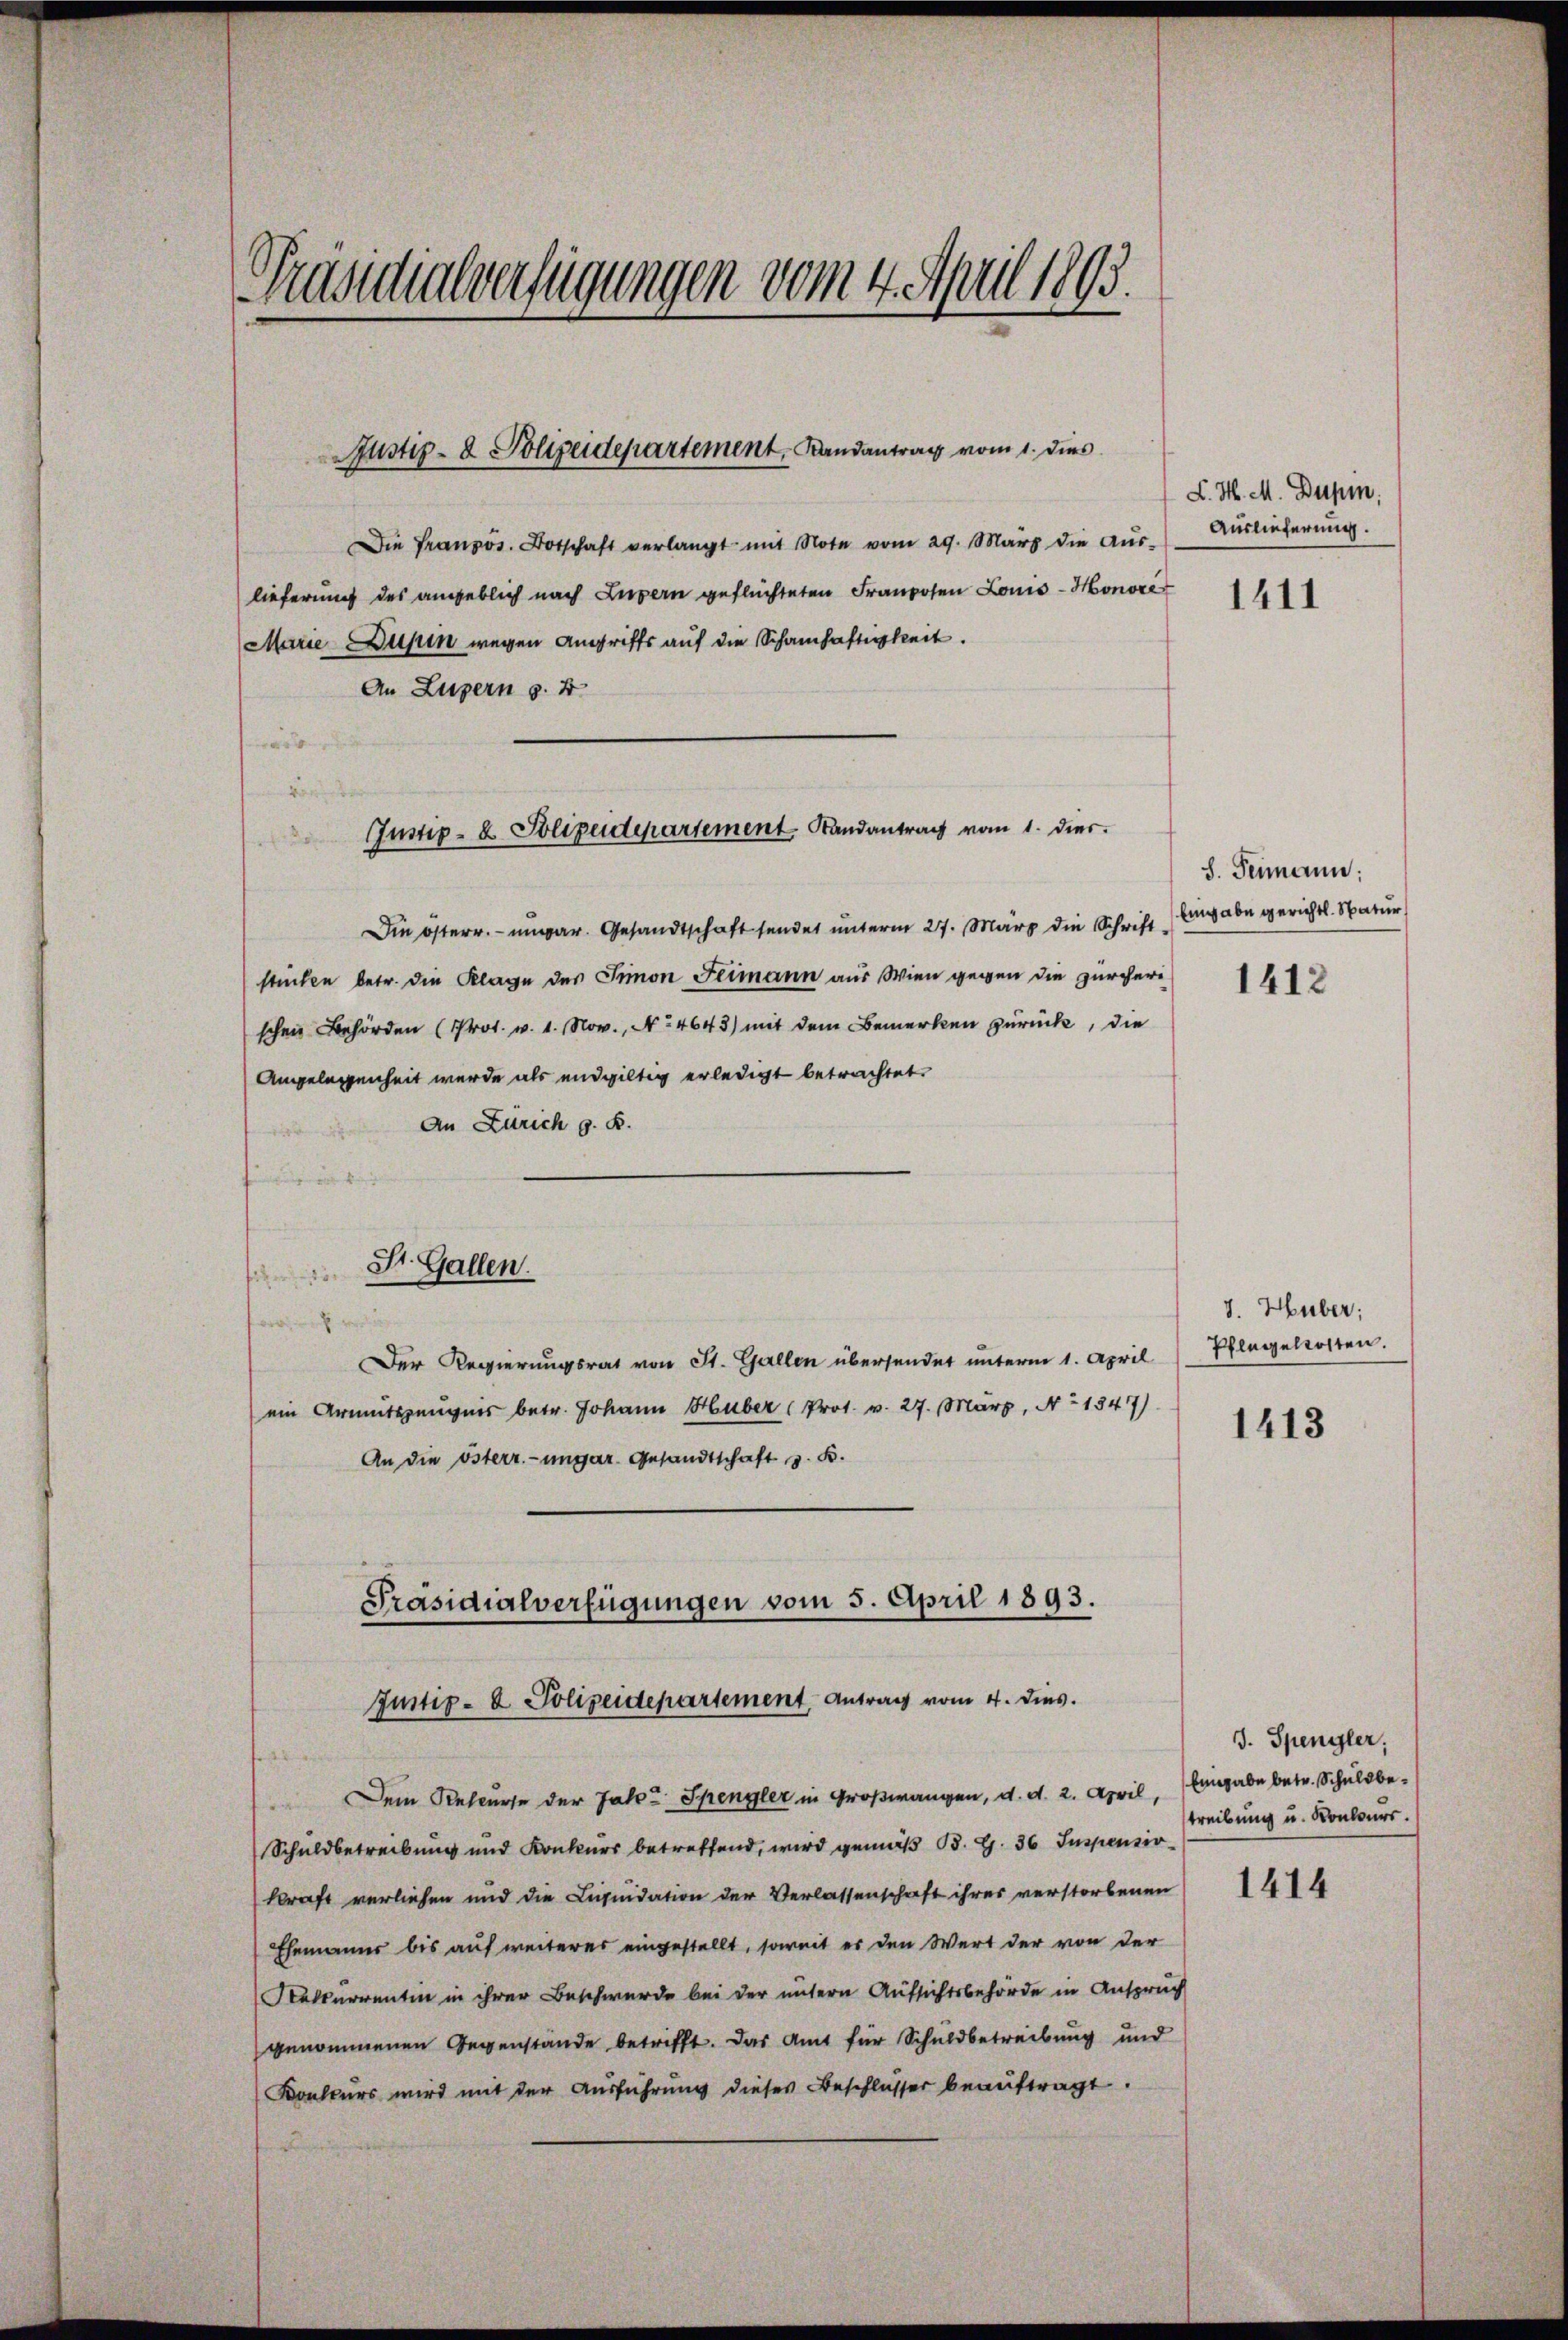
Präsidialverfügungen vom 4. April 1893.

Die Französ. Botschaft verlangt mit Note vom 29. März die Aŭs- Auslieferŭng.
lieferung des angeblich nach Luzern geflüchteten Franzosen Louis-Honorar
Marie Zusen wegen Angriffs auf die Schanhaftigkeit.
An Luzern z. B.
Die österr. ungar. Gesandtschaft sendet unterm 27. März die Schrift Eingabe gericht. Natur
stücken betr. die Klage des Simon Flimann aus Wien gegen die zürcherischen Behörden (Prot. v. 1. Nov., No 4643) mit dem Bemerken zurücke, die
Angelegenheit werde als endgültig erledigt betrachtet.
An Zürich z. B.
2
Der Regierŭngsrat von St. Gallen übersendet ŭnterm 1. April (Plagelosten.
(ein Armutszeugnis betr. Johann Huber (Prot. v. 27. März, No 1347)
An die österr.-ungar. Gesandtschaft z. B.
Präsidialverfügungen vom 5. April 1893.
Justiz- & Polizeidepartement Antrag vom 4. dies.
Dem Recurse der Jahre Spengler in Großwangen, d. d. 2. April, Eingabe betr. Schuldbe¬
Schuldbetreibung und Konkurs betreffend, wird gemäβ B. G. 36 Iuspensio
kraft verliehen und die Liquidation der Verlassenschaft ihres verstorbenen
Ehemanns bis auf weiteres eingestellt, soweit er den Wert der von der
Rekurrentin in ihrer Beschwerde bei der untern Aufsichtsbehörde in Anspruch
genommenen Gegenstände betrifft. Das Amt für Schuldbetreibung und
Konkurs wird mit der Ausführung dieses Beschlusser beauftragt.

Justiz- & Polizeidepartement, Randantrag vom 1. dies

Justiz- & Polizeidepartement Randantrag vom 1. dies.

St. Gallen.

L. M. M. Dupin.

1411

S. Permann:

1412

v. Huber;

1413

J. Spengler,
treibung u. Konkurs.

1414